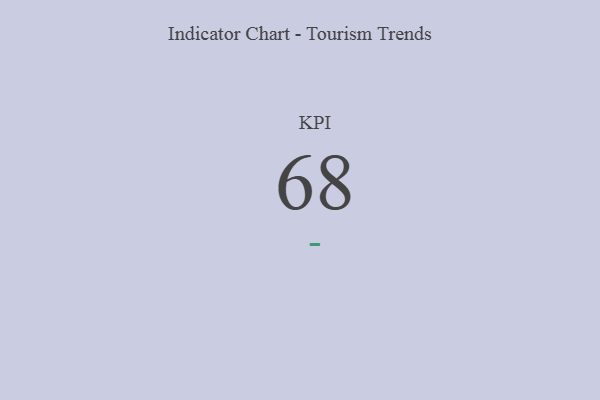
{"axis": {"x": "KPI", "y": "Value"}, "legend": [""], "data": [{"x": "KPI", "y": 68, "type": ""}]}